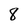
Character: 8